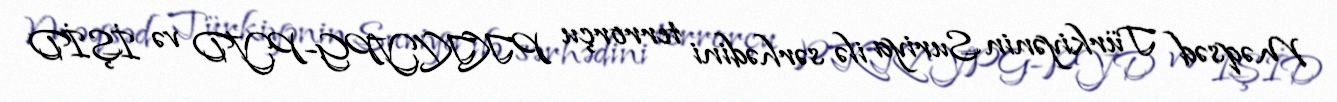
Məqsəd Türkiyənin Suriya ilə sərhədini terrorçu PKK/YPG-PYD və İŞİD